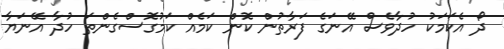
ދޯ އެކަމަކު ހުދާވެސް އޭނަގެ ފަރާތުން ކޮން ކަމެއް ކަމުގޮސްގެންތަ ހުދާ އޭނަޔާ